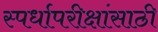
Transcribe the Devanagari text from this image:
स्पर्धापरीक्षांसाठी